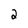
Character: 2